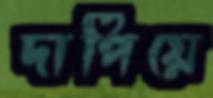
দাপিয়ে